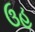
ઉહ